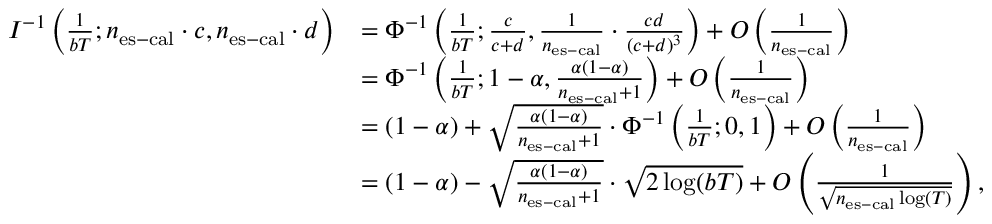
\begin{array} { r l } { I ^ { - 1 } \left( \frac { 1 } { b T } ; n _ { \mathrm { e s - c a l } } \cdot c , n _ { \mathrm { e s - c a l } } \cdot d \right) } & { = \Phi ^ { - 1 } \left( \frac { 1 } { b T } ; \frac { c } { c + d } , \frac { 1 } { n _ { \mathrm { e s - c a l } } } \cdot \frac { c d } { ( c + d ) ^ { 3 } } \right) + O \left( \frac { 1 } { n _ { \mathrm { e s - c a l } } } \right) } \\ & { = \Phi ^ { - 1 } \left( \frac { 1 } { b T } ; 1 - \alpha , \frac { \alpha ( 1 - \alpha ) } { n _ { \mathrm { e s - c a l } } + 1 } \right) + O \left( \frac { 1 } { n _ { \mathrm { e s - c a l } } } \right) } \\ & { = ( 1 - \alpha ) + \sqrt { \frac { \alpha ( 1 - \alpha ) } { n _ { \mathrm { e s - c a l } } + 1 } } \cdot \Phi ^ { - 1 } \left( \frac { 1 } { b T } ; 0 , 1 \right) + O \left( \frac { 1 } { n _ { \mathrm { e s - c a l } } } \right) } \\ & { = ( 1 - \alpha ) - \sqrt { \frac { \alpha ( 1 - \alpha ) } { n _ { \mathrm { e s - c a l } } + 1 } } \cdot \sqrt { 2 \log ( b T ) } + O \left( \frac { 1 } { \sqrt { n _ { \mathrm { e s - c a l } } \log ( T ) } } \right) , } \end{array}